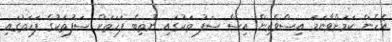
އެހެން ކަމަށްވާނަމަ އިސްވެރިން އިސް ސަފު ތަކުގައި ނުތިބެ ފަހަތަށް ސަފުތަކުގެ ފަހަތުގައި